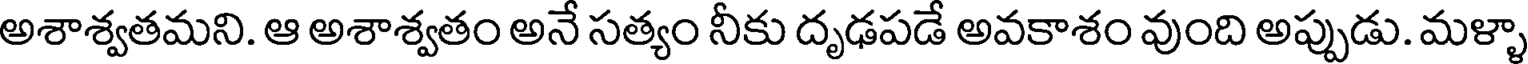
అశాశ్వతమని. ఆ అశాశ్వతం అనే సత్యం నీకు దృఢపడే అవకాశం వుంది అప్పుడు. మళ్ళా